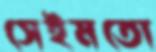
সেইমতো